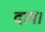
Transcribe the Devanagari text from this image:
दाम।